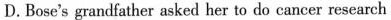
D. Bose's grandfather asked her to do cancer research